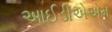
આઈડીએએમ